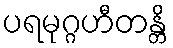
ပရမုဂ္ဂဟီတန္တိ